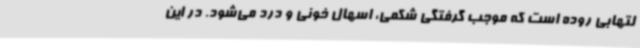
لتهابی روده است که موجب گرفتگی شکمی، اسهال خونی و درد می‌شود. در این